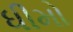
ધીમો